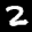
Label: 2